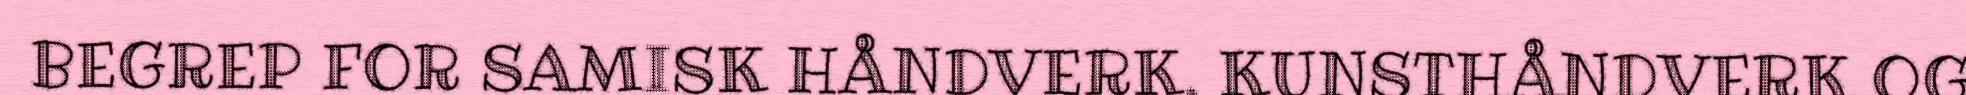
BEGREP FOR SAMISK HÅNDVERK, KUNSTHÅNDVERK OG